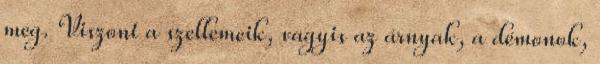
meg. Viszont a szellemeik, vagyis az árnyak, a démonok,